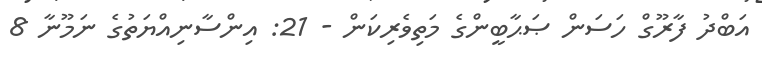
އަބްދު ފާރޫގް ހަސަން ޞަޙާބީންގެ މަތިވެރިކަން - 21: އިންސާނިއްޔަތުގެ ނަމޫނާ 8